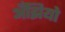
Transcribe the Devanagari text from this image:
अँझियो